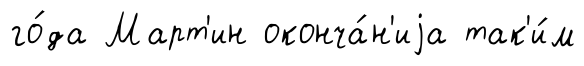
го́да Март'ин оконча́н'иjа так'и́м